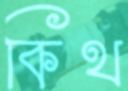
কিথ